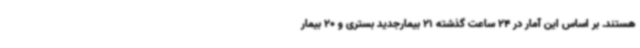
هستند. بر اساس این آمار در 24 ساعت گذشته 21 بیمارجدید بستری و 20 بیمار